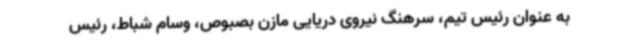
به عنوان رئیس تیم، سرهنگ نیروی دریایی مازن بصبوص، وسام شباط، رئیس